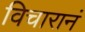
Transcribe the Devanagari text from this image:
विचारानं